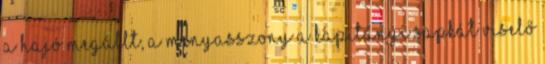
a hajó megállt, a menyasszony a kapitányi sapkát viselő